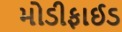
મોડીફાઈડ